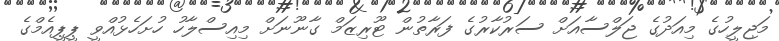
މަޖިލީހުގެ މިއަދުގެ ޖަލްސާއަށް ސަރުކާރުގެ ފަރާތުން ޓޫރިޒަމް ގާނޫނަށް މިއިސްލާހު ހުށަހެޅުއްވީ ޕީޕީއެމްގެ